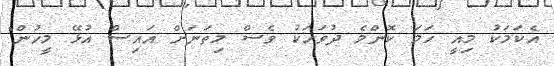
އެކަމަކު މިއީ ހަމަ ކޮންމެ ދުވަހަކު ވެސް މިތަނަށް އައިސް އުޅޭ މީހުން"